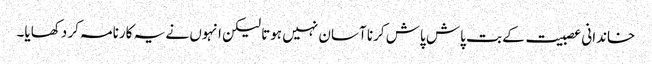
خاندانی عصبیت کے بت پاش پاش کرنا آسان نہیں ہوتا لیکن انہوں نے یہ کارنامہ کر دکھایا۔